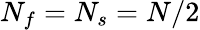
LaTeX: N_{f}=N_{s}=N/2